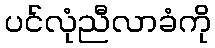
ပင်လုံညီလာခံကို